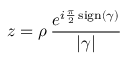
z = \rho \, \frac { e ^ { i \frac { \pi } { 2 } \operatorname { s i g n } ( \gamma ) } } { | \gamma | }